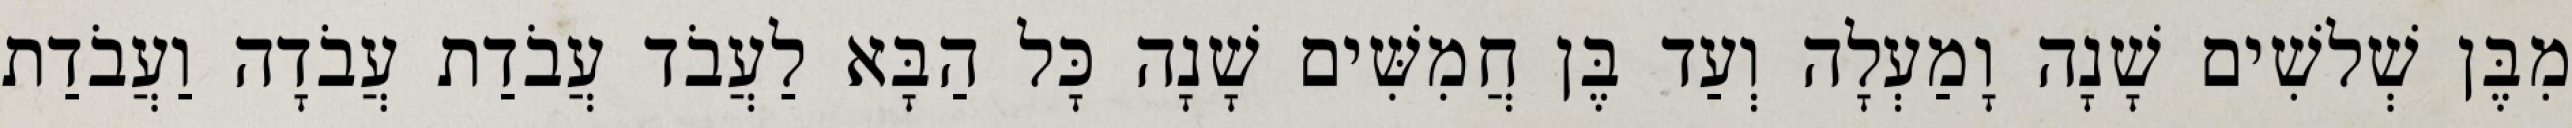
מִבֶּן שְׁלשִׁים שָׁנָה וָמַעְלָה וְעַד בֶּן חֲמִשִּׁים שָׁנָה כָּל הַבָּא לַעֲבֹד עֲבֹדַת עֲבֹדָה וַעֲבֹדַת